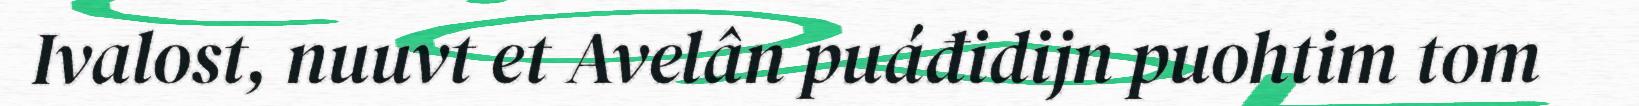
Ivalost, nuuvt et Avelân puáđidijn puohtim tom